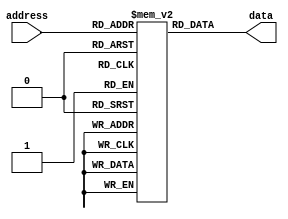
module flash_rom (
    input [9:0] address,
    output reg [7:0] data
);

// Defining the flash ROM memory blocks
reg [7:0] memory [1023:0];

// Address decoding
always @ (address)
begin
    data <= memory[address];
end

endmodule